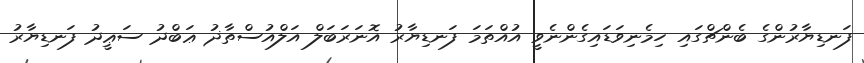
ފަނޑިޔާރުންގެ ބެންޗްގައި ހިމެނިވަޑައިގެންނެވީ އުއްތަމަ ފަނޑިޔާރު އޮނަރަބަލް އަލްއުސްތާޛު ޢަބްދު ސަޢީދު ފަނޑިޔާރު